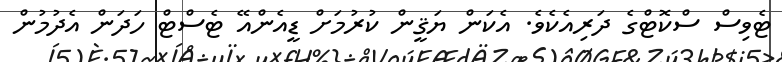
ޓެވިސް ސްކޮޓްގެ ދަރިއެކެވެ. އެކަން ޔަޤީން ކުރުމަށް ޑީއެންއޭ ޓެސްޓް ހަދަން އެދުމުން